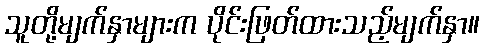
သူတို့မျက်နှာများက ပိုင်းဖြတ်ထားသည့်မျက်နှာ။